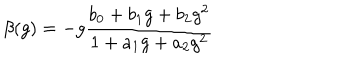
LaTeX: \beta ( g ) = - g \frac { b _ { 0 } + b _ { 1 } g + b _ { 2 } g ^ { 2 } } { 1 + a _ { 1 } g + a _ { 2 } g ^ { 2 } }